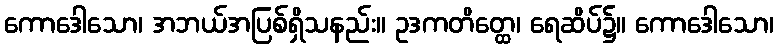
ကောဒေါသော၊ အဘယ်အပြစ်ရှိသနည်း။ ဥဒကတိတ္ထေ၊ ရေဆိပ်၌။ ကောဒေါသော၊